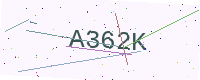
Text: A362K